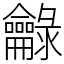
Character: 龣